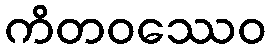
ကိတဝဿေဝ